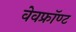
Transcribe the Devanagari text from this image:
वेवफ्रॉण्ट